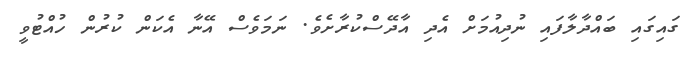
ގައިގައި ބައްދާލާފައި ނުދިއުމަށް އެދި އާދޭސްކުރާށެވެ. ނަމަވެސް އޭނާ އެކަން ކުރުން ހުއްޓުވީ